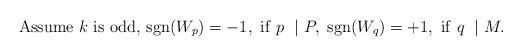
LaTeX: \begin{align*}\mathrm{Assume} \ k \ \mathrm{is} \ \mathrm{odd,} \ \mathrm{sgn}(W_p) = -1, \ \mathrm{if} \ p \ \mid P, \ \mathrm{ sgn}(W_q) = +1, \ \mathrm{if} \ q \ \mid M.\end{align*}